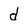
Character: d